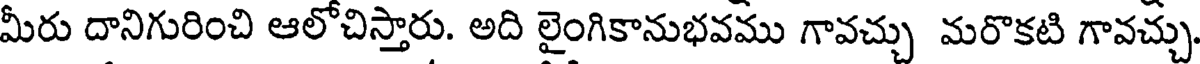
మీరు దానిగురించి ఆలోచిస్తారు. అది లైంగికానుభవము గావచ్చు మరొకటి గావచ్చు